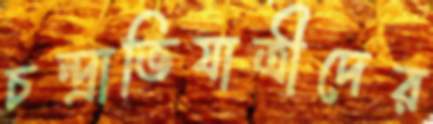
চন্দ্রাভিযাত্রীদের